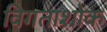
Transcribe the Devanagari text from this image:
विगताशोक